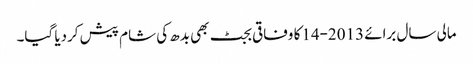
مالی سال برائے 2013-14کا وفاقی بجٹ بھی بدھ کی شام پیش کردیا گیا۔